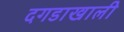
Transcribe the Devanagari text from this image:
दगडाखाली